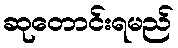
ဆုတောင်းရမည်